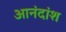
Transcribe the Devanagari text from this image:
आनंदांश